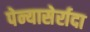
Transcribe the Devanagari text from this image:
पेन्यासेर्रादा